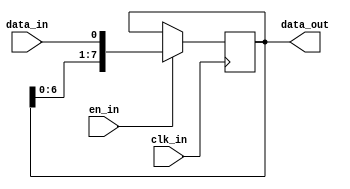
// Convert serial into parallel data.
module sipo #(
    parameter SIZE = 8
) (
    input data_in,
    input clk_in,
    input en_in,
    output [SIZE - 1:0] data_out
);

  reg [SIZE - 1:0] r_data_out = {SIZE{1'b0}};

  assign data_out = r_data_out;

  always @(posedge clk_in) begin
    if (en_in) begin
      r_data_out <= {r_data_out[SIZE-2:0], data_in};
      $display("%m>\tdata_in:%x r_data_out:%b", data_in, r_data_out);
    end
  end
endmodule